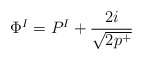
\begin{align*}\Phi^I = P^I+\frac{2i}{\sqrt{2 p^+}}\end{align*}